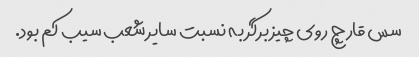
سس قارچ روی چیز برگر به نسبت سایر شعب سیب کم بود.